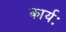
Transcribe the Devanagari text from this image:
कार्यः